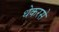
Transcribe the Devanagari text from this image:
थेकरसे